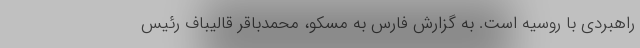
راهبردی با روسیه است. به گزارش فارس به مسکو، محمدباقر قالیباف رئیس